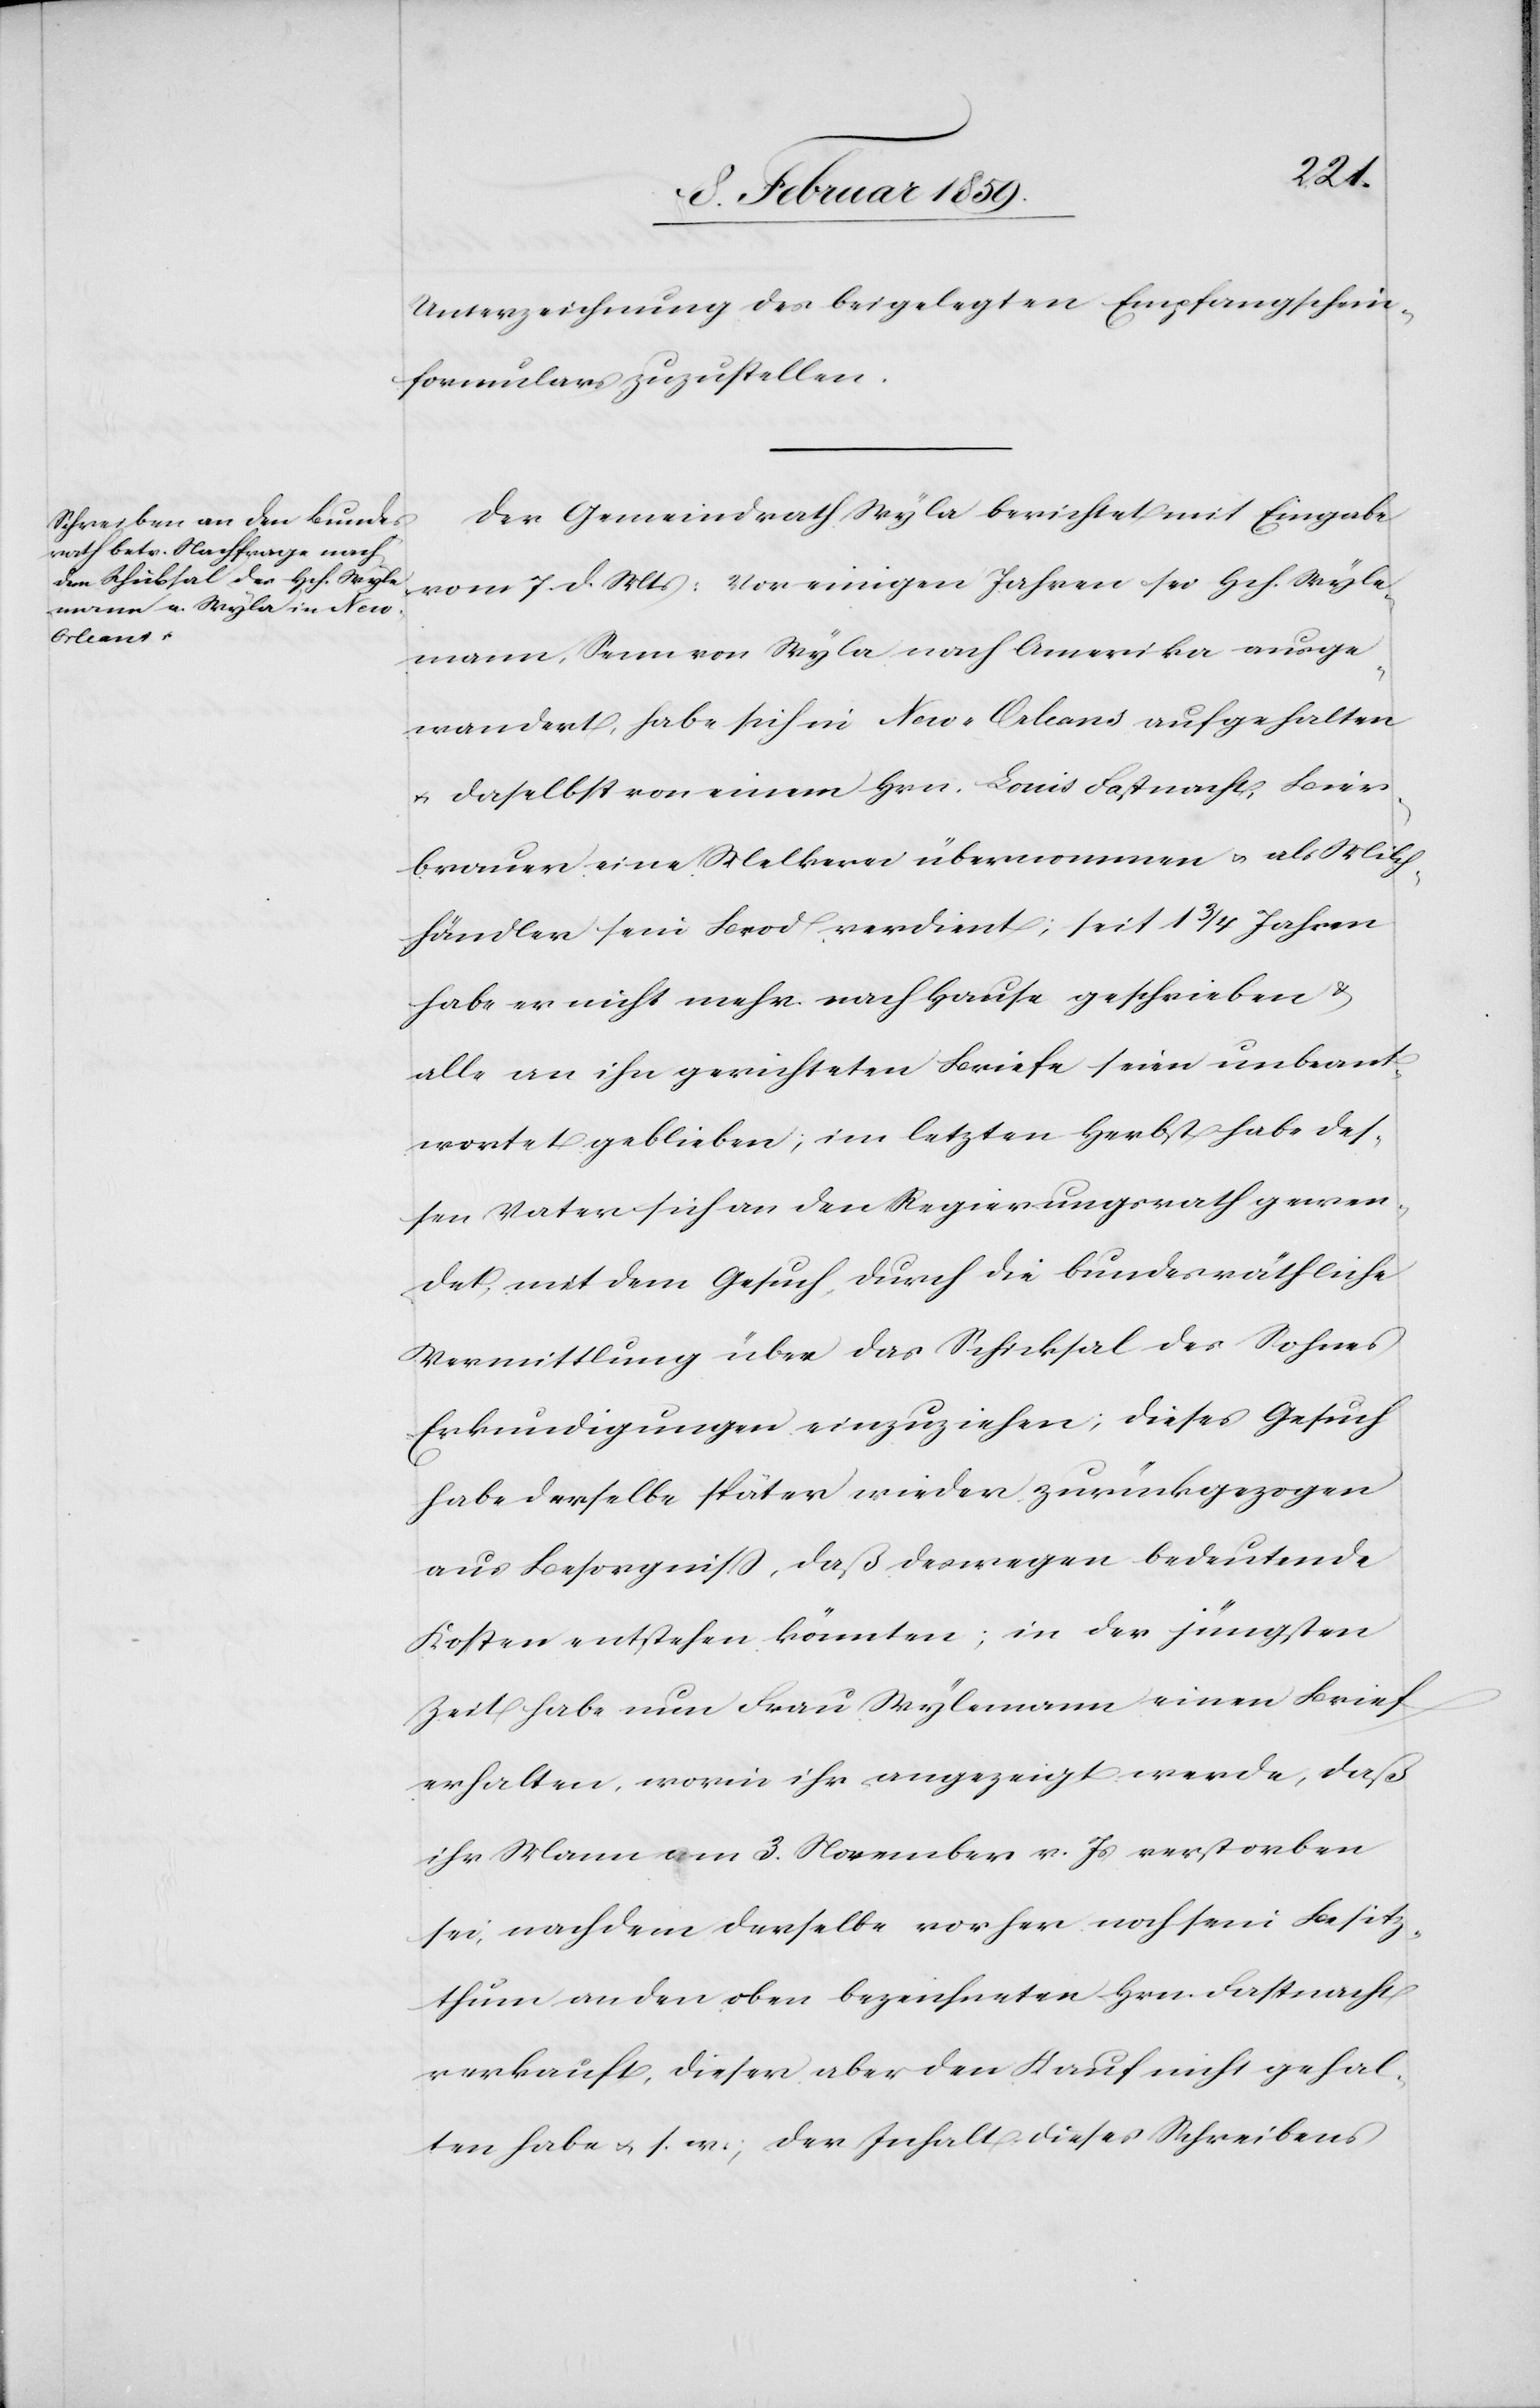
verdient;

seit
Unterzeichnung des beigelegten Empfangschein¬
formulars zuzustellen.
Der Gemeindrath Wyla berichtet mit Eingabe
vom 7. d. Mts: Vor einigen Jahren sei Hch. Wyle¬
mann, Senn von Wyla nach Amerika ausge¬
wandert, habe sich in New-Orleans aufgehalten
u. daselbst von einem Hrn. Louis Fastnacht, Bier¬
brauer eine Melkerei übernommen u. als Milch¬
habe er nicht mehr nach Hause geschrieben &
alle an ihn gerichteten Briefe seien unbeant¬
wortet geblieben; im letzten Herbst habe des¬
sen Vater sich an den Regierungsrath gewen¬
det, mit dem Gesuch, durch die bundesräthliche
Vermittlung über das Schicksal des Sohnes
Erkundigungen einzuziehen; dieses Gesuch
habe derselbe später wieder zurückgezogen
aus Besorgniß, daß deswegen bedeutende
Kosten entstehen könnten; in der jüngsten
Zeit habe nun Frau Wylemann einen Brief
erhalten, worin ihr angezeigt werde, daß
ihr Mann am 3. November v. Js verstorben
sei, nachdem derselbe vorher noch sein Besitz¬
thum an den oben bezeichneten Hrn. Fastnacht
verkauft, dieser aber den Kauf Inhalt dieses